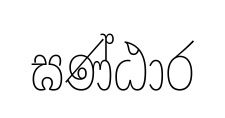
ඝණ්ඨාර